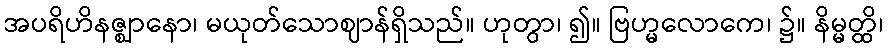
အပရိဟိနဇ္ဈာနော၊ မယုတ်သောဈာန်ရှိသည်။ ဟုတွာ၊ ၍။ ဗြဟ္မလောကေ၊ ၌။ နိမ္မတ္ထိ၊